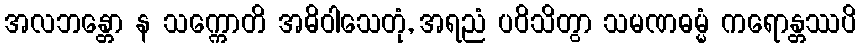
အလဘန္တော န သက္ကောတိ အဓိဝါသေတုံ, အရညံ ပဝိသိတွာ သမဏဓမ္မံ ကရောန္တဿပိ